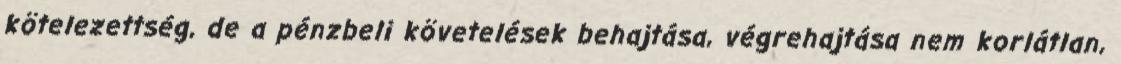
kötelezettség, de a pénzbeli követelések behajtása, végrehajtása nem korlátlan,